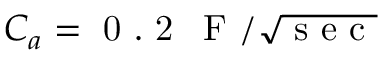
C _ { a } = \mathrm { ~ 0 ~ . ~ 2 ~ \, ~ F ~ } / \sqrt { \mathrm { ~ s ~ e ~ c ~ } }